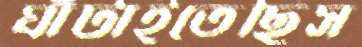
ঘাঁটাইতেছিস